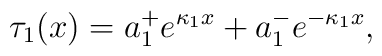
\tau_{1}(x)= a_1^+ e^{\kappa_1 x} + a_1^- e^{-\kappa_1 x},